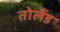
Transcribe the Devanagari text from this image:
तोलैंड